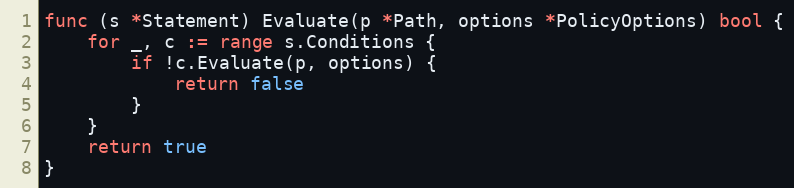
Language: Go
func (s *Statement) Evaluate(p *Path, options *PolicyOptions) bool {
	for _, c := range s.Conditions {
		if !c.Evaluate(p, options) {
			return false
		}
	}
	return true
}